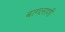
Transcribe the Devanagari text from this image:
बागलाणी